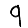
Digit: 9